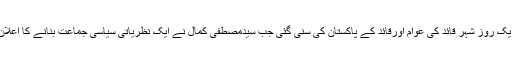
پھر ایک روز شہر قائدؒ کی عوام اورقائدؒ کے پاکستان کی سنی گئی جب سیّدمصطفی کمال نے ایک نظریاتی سیاسی جماعت بنانے کا اعلان کیا۔